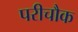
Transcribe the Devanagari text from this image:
परीचौक